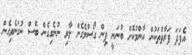
އެފަދަ ފަރާތްތަކުން އާންމުކޮށް ބުނަނީ ޕިން ގޯސްވެގެން ލާރި ނުނެގިގެން ބޭސް ނުގަނެވިގެން